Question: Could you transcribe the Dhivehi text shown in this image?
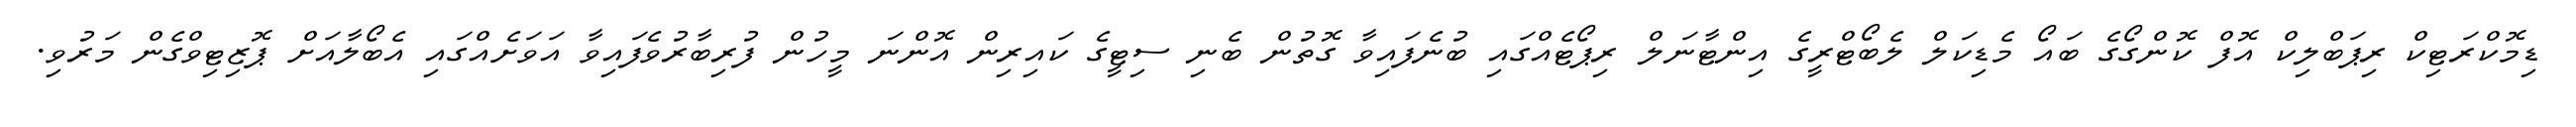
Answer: ޑިމޮކްރަޓިކް ރިޕަބްލިކް އޮފް ކޮންގޯގެ ބައޯ މެޑިކަލް ލެބޯޓްރީގެ އިންޓާނަލް ރިޕޯޓެއްގައި ބުނެފައިވާ ގޮތުން ބެނި ސިޓީގެ ކައިރިން އޮންނަ މީހުން ފުރިބާރުވެފައިވާ އަވަށެއްގައި އެބޯލާއަށް ޕޮޒިޓިވްގެން މަރުވި.